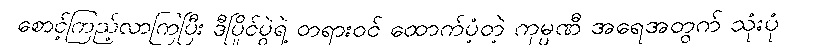
စောင့်ကြည့်လာကြပြီး ဒီပြိုင်ပွဲရဲ့ တရားဝင် ထောက်ပံ့တဲ့ ကုမ္ပဏီ အရေအတွက် သုံးပုံ